Paatsalu_vallavalitsus, lk 33
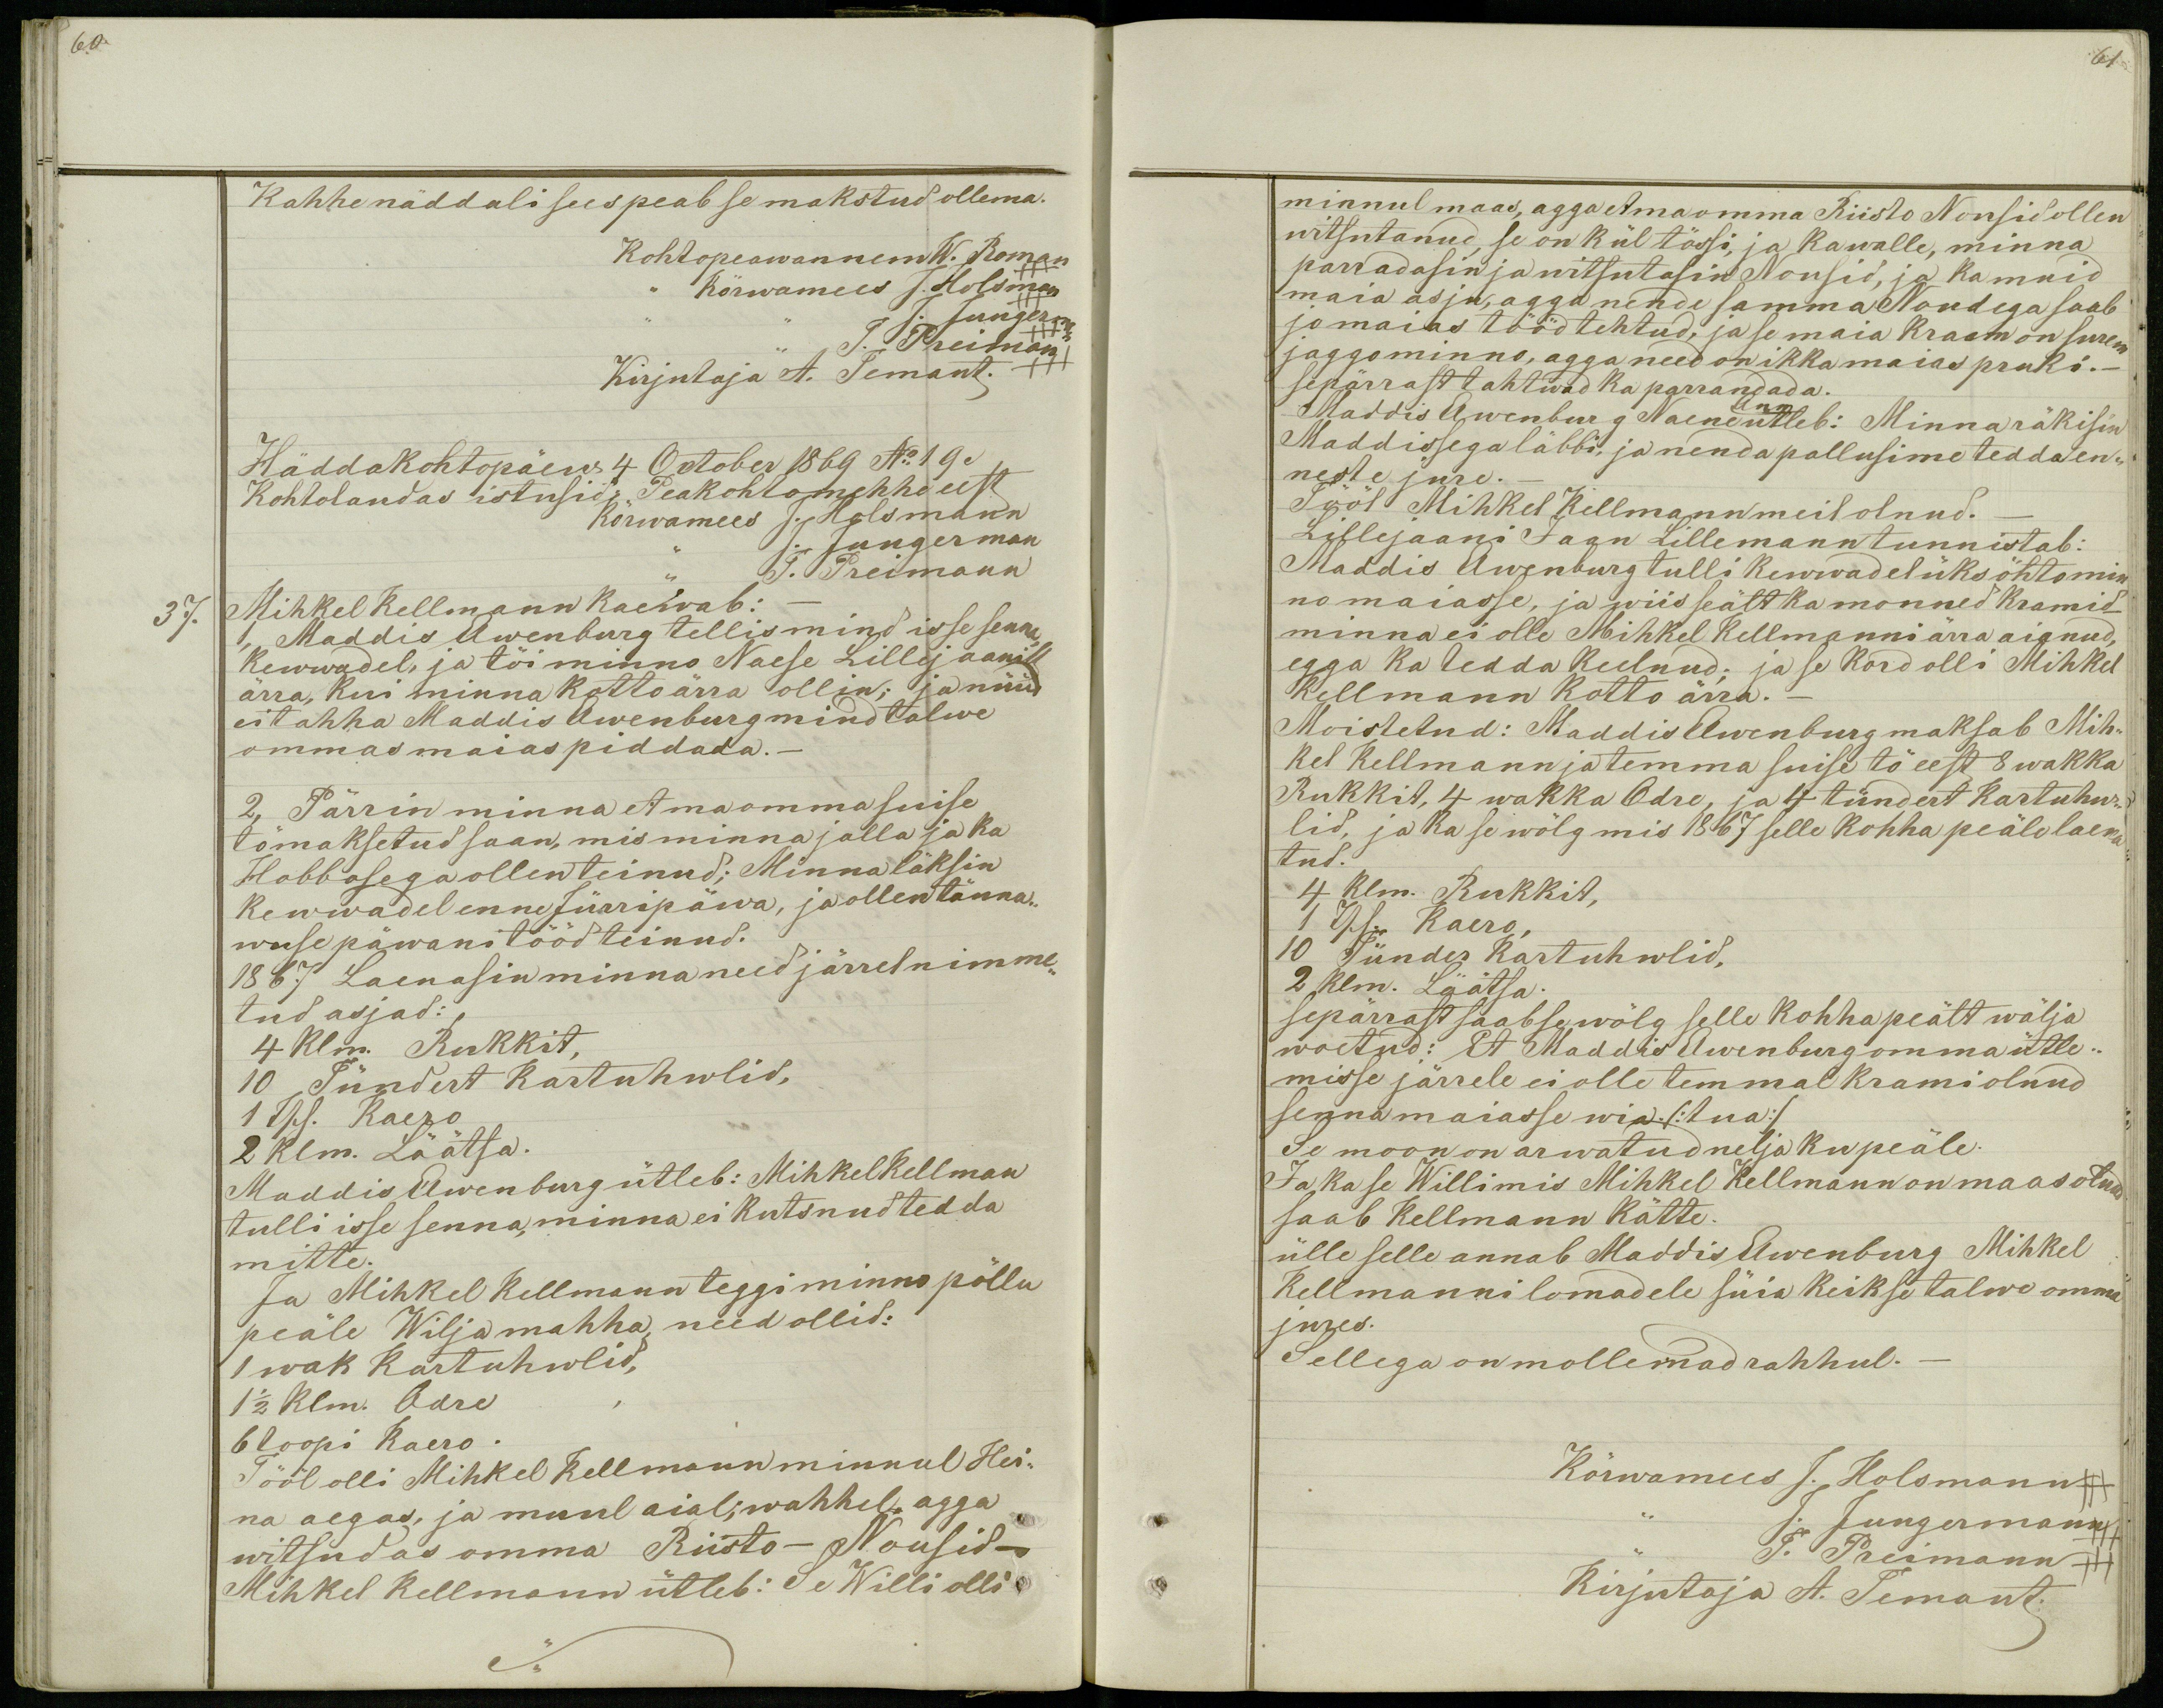
60.

61

Kahhe näddali sees peab se makstud ollema.
Kohtopeawannem W. Roman
,, Körwamees J. Holsman
,, ,, J. Jungerman
J. Preiman
Kirjutaja A. Temant.
Häddakohtopäew 4 October 1869 No 19.
Kohtolaudas istusid: Peakohtomehhe eest
Kõrwamees J. Holsmann
J. Jungerman
J. Preimann
37.
Mihkel Kellmann kaewab:-
1, Maddis Awenburg tellis mind isse senna,
kewwadel, ja tõi minno Naese Lillejaanill
ärra, kui minna kotto ärra ollin; ja nüüd
ei tahha Maddis Awenburg mind talwe
ommas maias piddada.-
2, Pärrin minna et ma omma suise
tö maksetud saan, mis minna jalla ja ka
Hobbosega ollen teinud; Minna läksin
kewwadel enne Jürripäwa, ja ollen tänna-
wuse päwani tööd teinud.
1867 Laenasin minna need järrel nimme-
tud asjad:
4 Klm. Rukkit,
10 Tündert Kartuhwlid,
1 Tsh. Kaero
2 klm. Läätsa.
Maddis Awenburg ütleb: Mihkel Kellman
tulli isse senna, minna ei kutsnud tedda
mitte.
Ja Mihkel Kellmann teggi minno põllu
peäle Wilja mahha, need ollid:
1 wak Kartuhwlid,
1 1/2 klm. Odre
6 toopi kaero.
Tööl olli Mihkel Kellmann minnul Hei-
na aegas, ja muul aial; wahhel, agga
witsudas omma Riisto - Nousid -
Mihkel Kellmann ütleb: Se Willi olli

minnul maas, agga et ma omma Riisto Nousid ollen
witsutanud, se on kül tössi, ja ka walle, minna
parradasin ja witsutasin Nousid, ja ka muid
maia asju, agga nende samma Noudega saab
jo maias tööd tehtud, ja se maia Kraam on surem
jaggo minno, agga need on ikka maias pruki.-
sepärrast tahtwad ka parrandada.
Maddis Awenburg Naene ütleb: Minna räkisin
Ann
Maddissega läbbi, ja nenda pallusime tedda en-
neste jure._
Tööl Mihkel Kellmann meil olnud._
Lillejaani Jaan Lillemann tunnistab:
Maddis Awenburg tulli kewwadel üks öhto min-
no maiasse, ja wiis seält ka monned kramid_
minna ei olle Mihkel Kellmanni ärra aianud,
egga ka tedda keelnud; ja se kord olli Mihkel
Kellmann kotto ärra._
Moistetud: Maddis Awenburg maksab Mih-
kel Kellmann ja temma suise tö eest 8 wakka
Rukkit, 4 wakka Odre, ja 4 tündert kartuhw-
lid, ja ka se wõlg mis 1867 selle kohha peäle laena
tud.
4 klm. Rukkit,
1 Tsh. Kaero,
10 Tünder Kartuhwlid,
2 klm. Läätsa.
sepärrast saab se wõlg selle kohha peält wälja
woetud: Et Maddis Awenburg omma ütle-
misse järrele ei olle temmal krami olnud
senna maiasse wia. (:tua:)
Se moon on arwatud nelja ku peäle.
Ja ka se Willi mis Mihkel Kellmann on maas olnud
saab Kellmann kätte.
ülle selle annab Maddis Awenburg Mihkel
Kellmanni lomadele süia keik se talwe omma
jures.
Sellega on mollemad rahhul._
Kõrwamees J. Holsmann++
,, J. Jungermann
J. Preimann +++
Kirjutaja A. Temant.